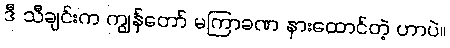
ဒီ သီချင်းက ကျွန်တော် မကြာခဏ နားထောင်တဲ့ ဟာပဲ။